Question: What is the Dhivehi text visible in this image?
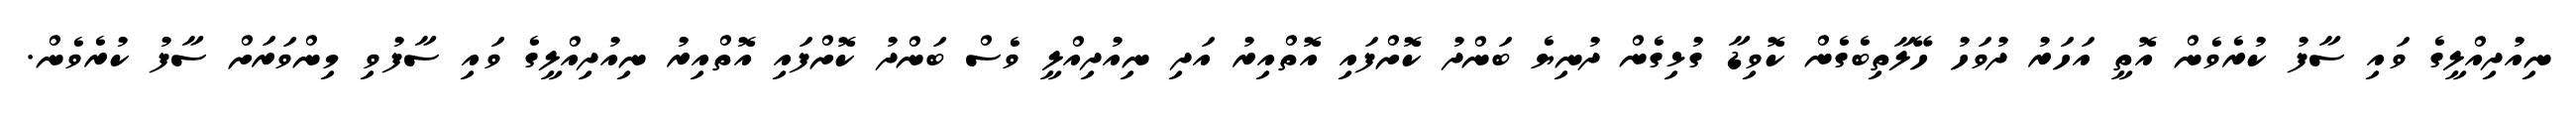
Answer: ނިއުދިއްލީގެ ވައި ސާފު ކުރެވެން އޮތީ އަހަރު ދުވަހު ހޭލާތިބެގެން ކޮވިޑާ ގުޅިގެން ދުނިޔެ ބަންދު ކޮށްފައި އޮތްއިރު އަދި ނިއުދިއްލީ ވެސް ބަންދު ކޮށްފައި އޮތްއިރު ނިއުދިއްލީގެ ވައި ސާފުވި މިންވަރަށް ސާފު ކުރެވެން.